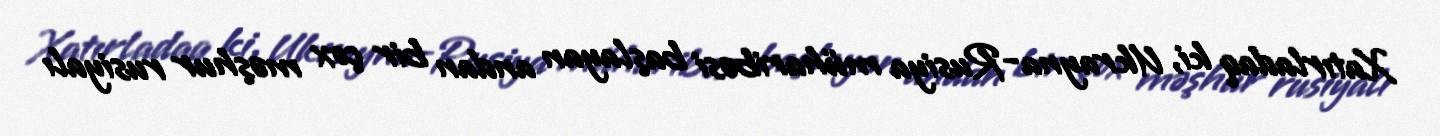
Xatırladaq ki, Ukrayna-Rusiya müharibəsi başlayan andan bir çox məşhur rusiyalı